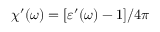
\chi ^ { \prime } ( \omega ) = [ \varepsilon ^ { \prime } ( \omega ) - 1 ] / 4 \pi